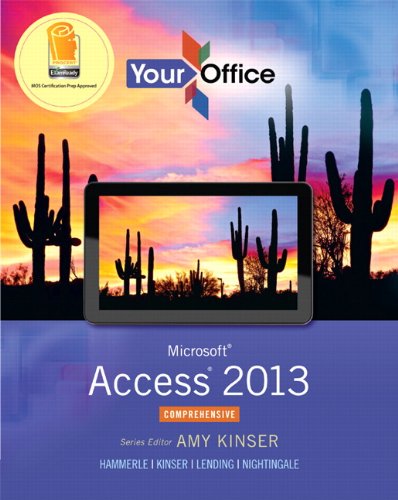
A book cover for Your Office: Microsoft Access 2013, Comprehensive (Your Office for Office 2013); Amy S. Kinser; Computers & Technology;